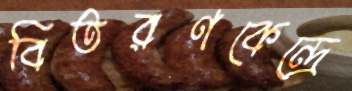
বিতরণকেন্দ্রে